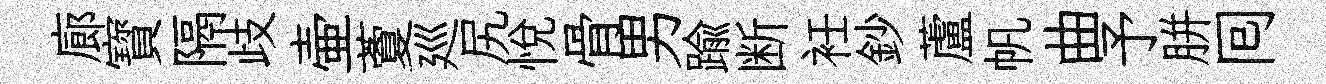
廊寳隔歧壷藑廵尻悦骨男踰断衽鈔蘆帆曲予胼囘